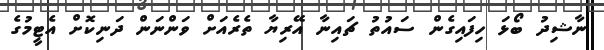
ނާޝިދު ބޯޅަ ހިފައިގެން ސައުތު ޗައިނާ އޭރިޔާ ތެރެއަށް ވަންނަން ދަނިކޮށް އެޓީމުގެ